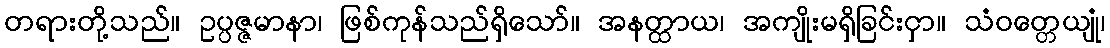
တရားတို့သည်။ ဥပ္ပဇ္ဇမာနာ၊ ဖြစ်ကုန်သည်ရှိသော်။ အနတ္ထာယ၊ အကျိုးမရှိခြင်းငှာ။ သံဝတ္တေယျုံ၊